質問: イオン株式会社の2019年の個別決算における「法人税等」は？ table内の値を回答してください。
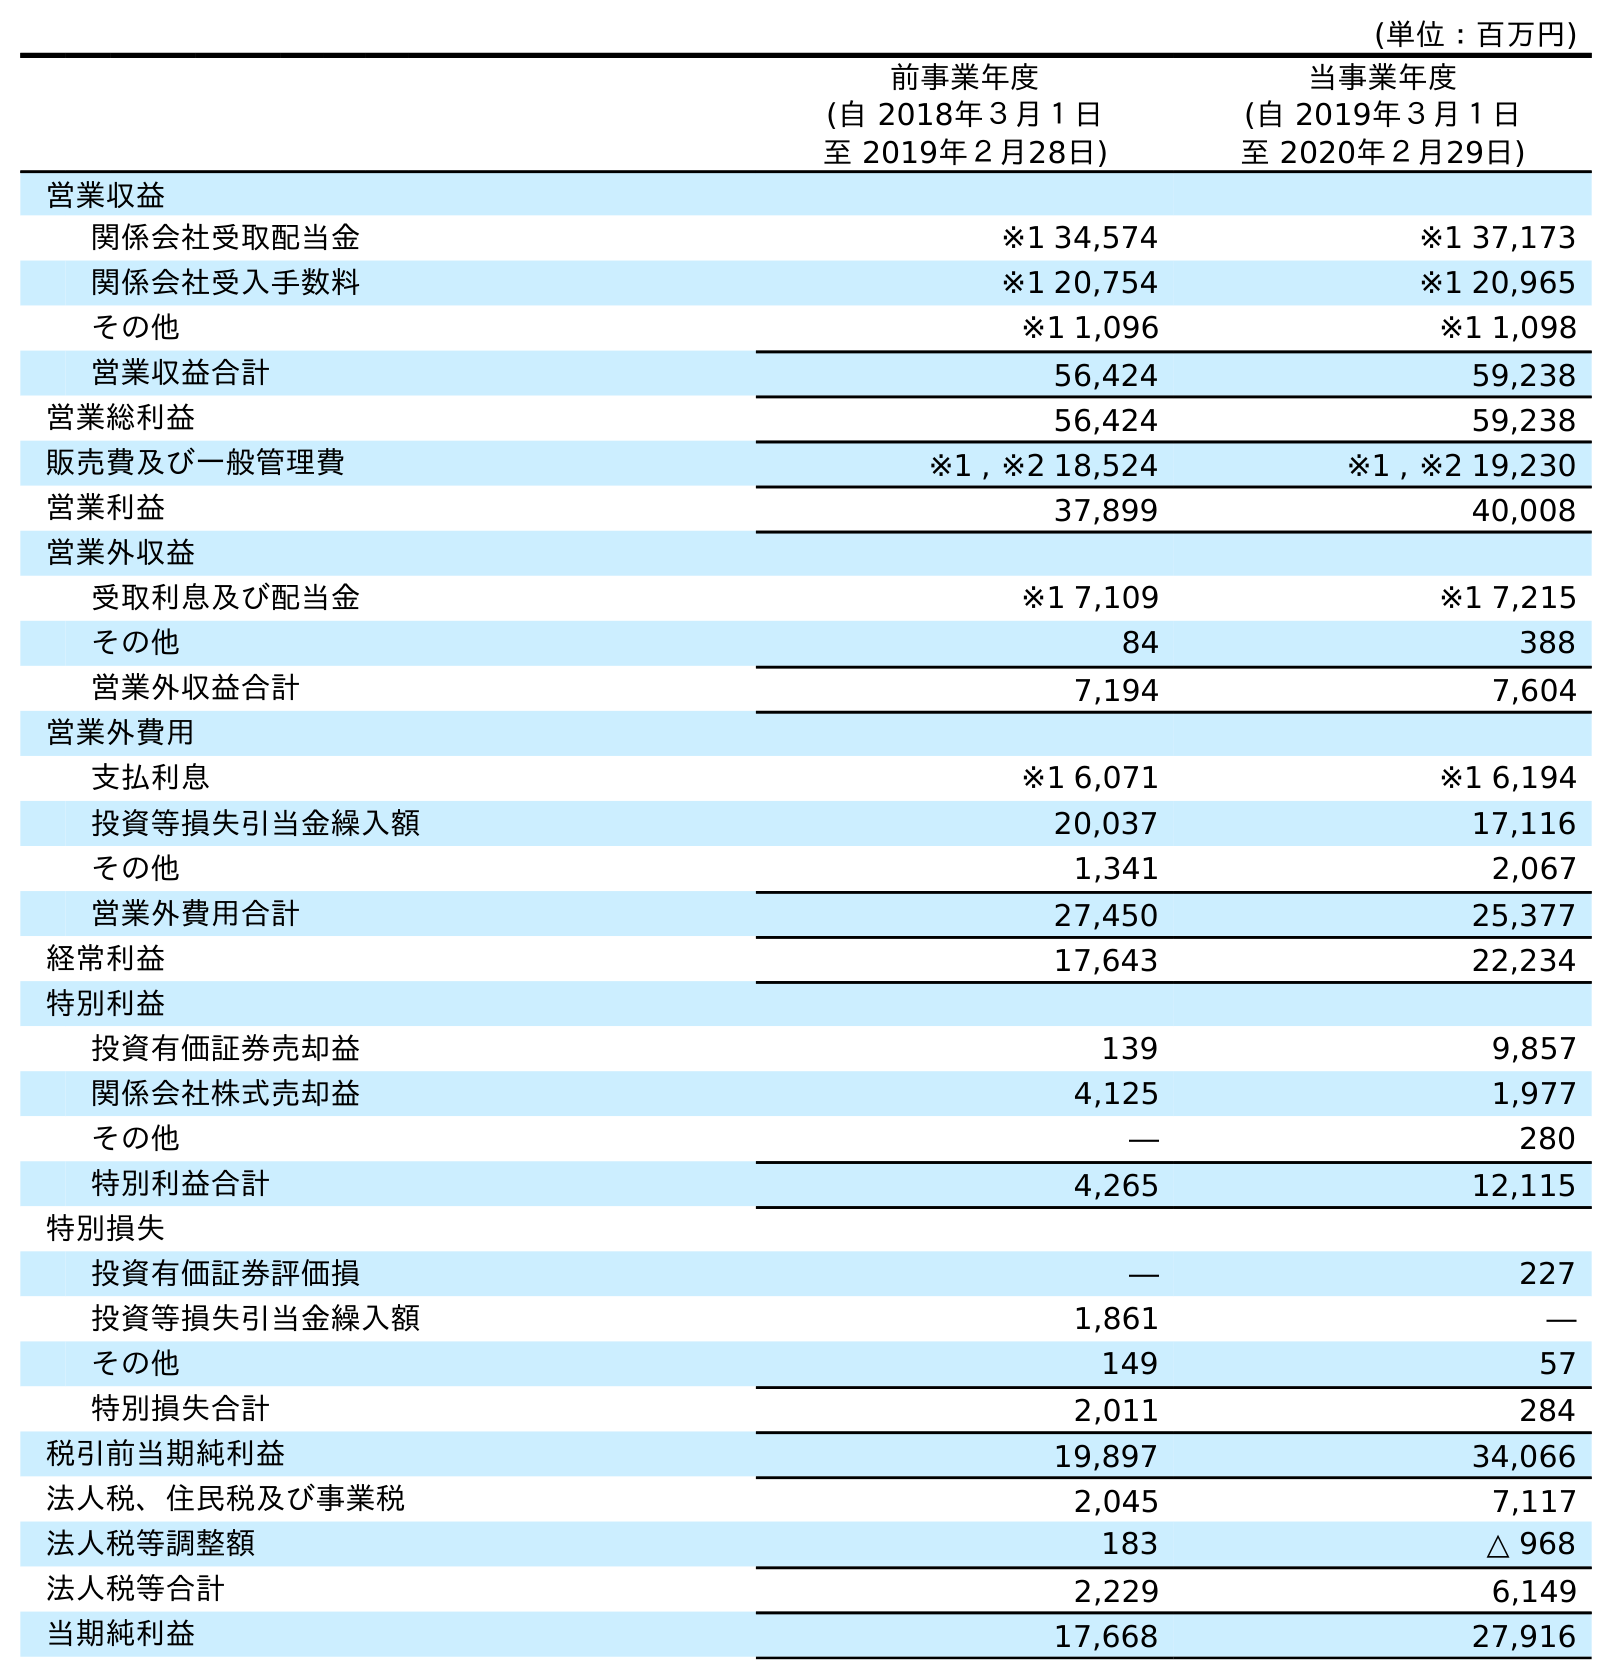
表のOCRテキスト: (単位：百万円) 前事業年度 (自 2018年３月１日 至 2019年２月28日) 当事業年度 (自 2019年３月１日 至 2020年２月29日) 営業収益 関係会社受取配当金 ※1 34,574 ※1 37,173 関係会社受入手数料 ※1 20,754 ※1 20,965 その他 ※1 1,096 ※1 1,098 営業収益合計 56,424 59,238 営業総利益 56,424 59,238 販売費及び一般管理費 ※1 , ※2 18,524 ※1 , ※2 19,230 営業利益 37,899 40,008 営業外収益 受取利息及び配当金 ※1 7,109 ※1 7,215 その他 84 388 営業外収益合計 7,194 7,604 営業外費用 支払利息 ※1 6,071 ※1 6,194 投資等損失引当金繰入額 20,037 17,116 その他 1,341 2,067 営業外費用合計 27,450 25,377 経常利益 17,643 22,234 特別利益 投資有価証券売却益 139 9,857 関係会社株式売却益 4,125 1,977 その他 ― 280 特別利益合計 4,265 12,115 特別損失 投資有価証券評価損 ― 227 投資等損失引当金繰入額 1,861 ― その他 149 57 特別損失合計 2,011 284 税引前当期純利益 19,897 34,066 法人税、住民税及び事業税 2,045 7,117 法人税等調整額 183 △ 968 法人税等合計 2,229 6,149 当期純利益 17,668 27,916
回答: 2,229